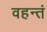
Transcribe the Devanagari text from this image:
वहन्तं